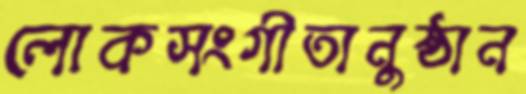
লোকসংগীতানুষ্ঠান